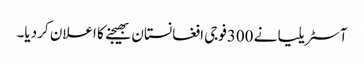
آسٹریلیا نے 300فوجی افغانستان بھیجنے کا اعلان کر دیا۔